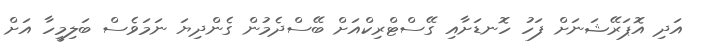
އަދި އޮޕަރޭޝަނަށް ފަހު ހޮނޑަށާއި ގޭސްޓްރިކްއަށް ބޭސްދެމުން ގެންދިޔަ ނަމަވެސް ބަލިމީހާ އަށް